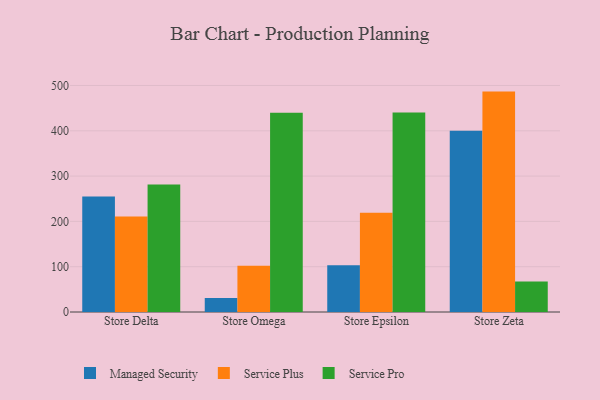
{"axis": {"x": "Store", "y": "Page Views"}, "legend": ["Managed Security", "Service Plus", "Service Pro"], "data": [{"x": "Store Delta", "y": 255.1, "type": "Managed Security"}, {"x": "Store Delta", "y": 210.9, "type": "Service Plus"}, {"x": "Store Delta", "y": 281.6, "type": "Service Pro"}, {"x": "Store Omega", "y": 30.9, "type": "Managed Security"}, {"x": "Store Omega", "y": 102.0, "type": "Service Plus"}, {"x": "Store Omega", "y": 439.6, "type": "Service Pro"}, {"x": "Store Epsilon", "y": 103.3, "type": "Managed Security"}, {"x": "Store Epsilon", "y": 219.2, "type": "Service Plus"}, {"x": "Store Epsilon", "y": 440.4, "type": "Service Pro"}, {"x": "Store Zeta", "y": 400.2, "type": "Managed Security"}, {"x": "Store Zeta", "y": 486.5, "type": "Service Plus"}, {"x": "Store Zeta", "y": 67.6, "type": "Service Pro"}]}